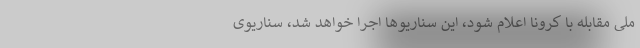
ملی مقابله با کرونا اعلام شود، این سناریوها اجرا خواهد شد، سناریوی